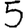
Digit: 5